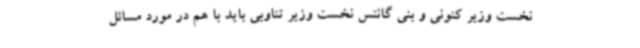
نخست وزیر کنونی و بنی گانتس نخست وزیر تناوبی باید با هم در مورد مسائل